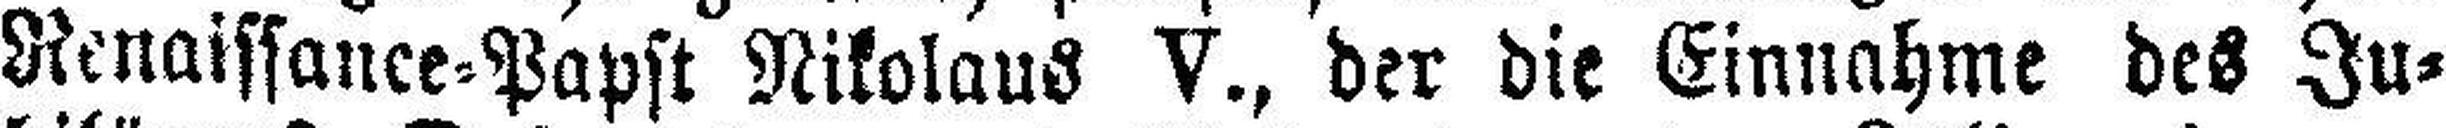
Renaissance=Papst Nikolaus V., der die Einnahme des Ju¬